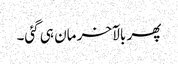
پھر بالآخر مان ہی گئی۔